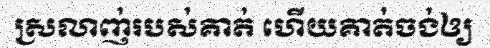
ស្រលាញ់របស់គាត់ ហើយគាត់ចង់ឲ្យ